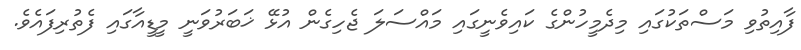
ފާއިތުވި މަސްތަކުގައި މިދެމީހުންގެ ކައިވެނީގައި މައްސަލަ ޖެހިގެން އުޅޭ ޚަބަރުވަނީ މީޑީއާގައި ފެތުރިފައެވެ.